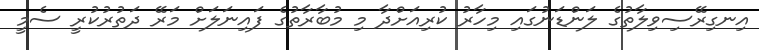
އިނގިރޭސިވިލާތުގެ ލަންޑަނުގައި މިހާރު ކުރިއަށްދާ މި މުބާރާތުގެ ފައިނަލަށް މަރޭ ދަތުރުކުރީ ސެމީ